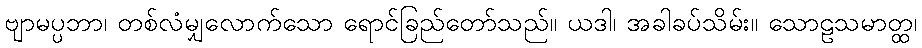
ဗျာမပ္ပဘာ၊ တစ်လံမျှလောက်သော ရောင်ခြည်တော်သည်။ ယဒါ၊ အခါခပ်သိမ်း။ သောဠသမာတ္ထ၊